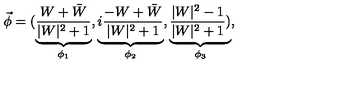
\vec { \phi } = ( \underbrace { \frac { W + \bar { W } } { | W | ^ { 2 } + 1 } } _ { \phi _ { 1 } } , \underbrace { i \frac { - W + \bar { W } } { | W | ^ { 2 } + 1 } } _ { \phi _ { 2 } } , \underbrace { \frac { | W | ^ { 2 } - 1 } { | W | ^ { 2 } + 1 } ) } _ { \phi _ { 3 } } ,